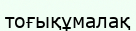
тоғықұмалақ